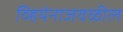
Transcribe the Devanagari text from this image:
व्हियेनाजवळील